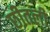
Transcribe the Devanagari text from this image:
छीतली